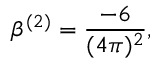
\beta ^ { ( 2 ) } = \frac { - 6 } { ( 4 \pi ) ^ { 2 } } ,